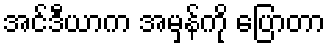
အင်ဒီယာက အမှန်ကို ပြောတာ